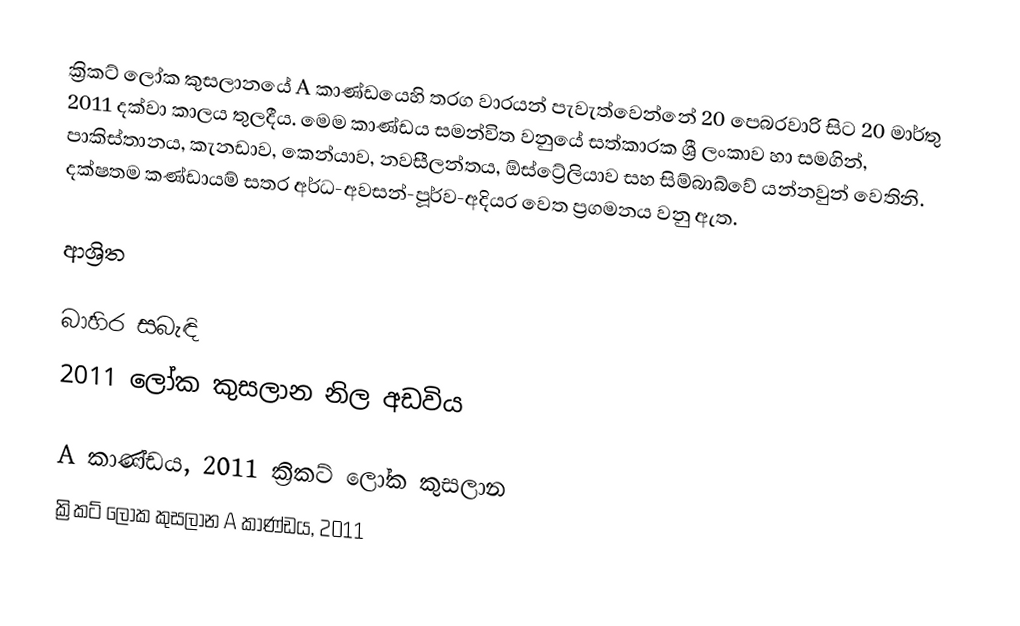
ක්‍රිකට් ලෝක කුසලානයේ  A කාණ්ඩයෙහි  තරග වාරයන් පැවැත්වෙන්නේ 20 පෙබරවාරි සිට  20 මාර්තු 2011 දක්වා කාලය තුලදීය. මෙම කාණ්ඩය සමන්විත වනුයේ සත්කාරක ශ්‍රී ලංකාව හා සමගින්, පාකිස්තානය, කැනඩාව, කෙන්යාව, නවසීලන්තය, ඕස්ට්‍රේලියාව සහ සිම්බාබ්වේ යන්නවුන් වෙතිනි. දක්ෂතම කණ්ඩායම් සතර අර්ධ-අවසන්-පූර්ව-අදියර වෙත ප්‍රගමනය වනු ඇත.

ආශ්‍රිත

බාහිර සබැඳි
 2011 ලෝක කුසලාන නිල අඩවිය

A කාණ්ඩය, 2011 ක්‍රිකට් ලෝක කුසලාන
ක්‍රිකට් ලෝක කුසලාන A කාණ්ඩය, 2011